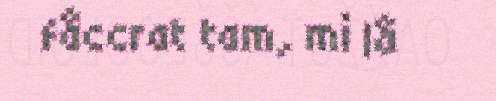
fåccrat tam, mi lå